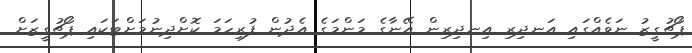
ޕޯޗުގީޒު ނަވެއްގައި އަނދިރި އިނދިރިން އޭނާގެ މަންމަގެ އެދުން ފުރިހަމަ ކޮށްދިނުމަށްޓަކައި ޕޯޗުގީޒަށް